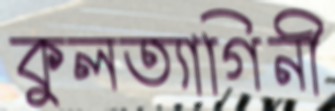
কুলত্যাগিনী